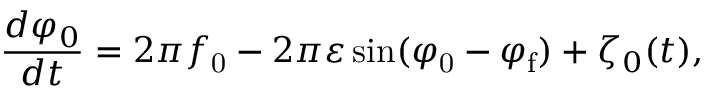
\frac { d \varphi _ { 0 } } { d t } = 2 \pi f _ { \mathrm { 0 } } - 2 \pi \varepsilon \sin ( \varphi _ { \mathrm { 0 } } - \varphi _ { \mathrm { f } } ) + \zeta _ { 0 } ( t ) ,